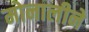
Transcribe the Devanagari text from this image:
मोनालीने